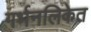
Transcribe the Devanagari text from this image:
गर्भनलिकेत